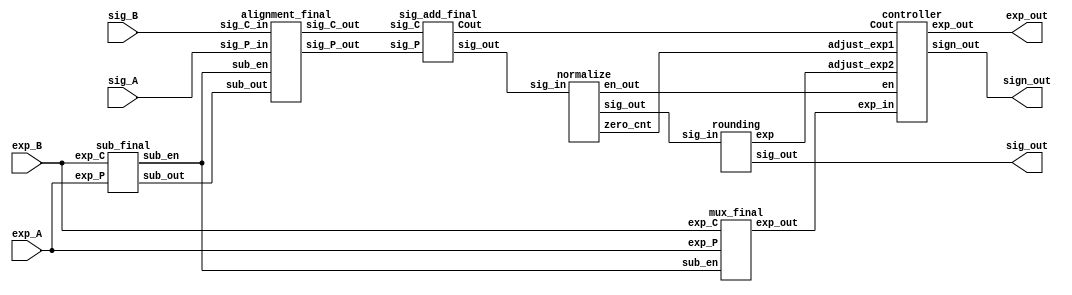
module adder_final (exp_A, exp_B, sig_A, sig_B, sign_out, exp_out, sig_out);

    //input sign_A, sign_B;
    input [7:0] exp_A, exp_B;
    input [50:0] sig_A, sig_B;
    output sign_out;
    output [7:0] exp_out;
    output [22:0] sig_out;

    wire Cout, LOD_en, round_exp;
    wire [7:0] mux_out, sub_out,exp_out;
    wire [49:0] add_out;
    wire [50:0] ali_A, ali_B;
    wire [1:0] sub_en;
    wire [26:0] norm_out;
    wire [5:0] zero_cnt;



    sub_final subf (.exp_P(exp_A), .exp_C(exp_B), .sub_out(sub_out), .sub_en(sub_en));
    mux_final muxf (.exp_P(exp_A), .exp_C(exp_B), .sub_en(sub_en), .exp_out(mux_out));
    //Two two (.sign_P(sign_A), .sign_C(sign_B), .two_en(two_en));
    //select_c_final selcf (.in_P(sig_A), .in_C(sig_B), .out_P(sel_A), .out_C(sel_B), .two_en(two_en));
    alignment_final alignf (.sig_P_in(sig_A), .sig_C_in(sig_B), .sig_P_out(ali_A), .sig_C_out(ali_B), .sub_out(sub_out), .sub_en(sub_en));
    sig_add_final sigaddf (.sig_P(ali_A), .sig_C(ali_B), .sig_out(add_out), .Cout(Cout));
    normalize normal (.sig_in(add_out), .sig_out(norm_out), .zero_cnt(zero_cnt), .en_out(LOD_en));
    rounding round (.sig_in(norm_out), .sig_out(sig_out), .exp(round_exp));

    controller ctrl (.Cout(Cout), .adjust_exp1(zero_cnt), .adjust_exp2(round_exp), .en(LOD_en), .sign_out(sign_out), .exp_out(exp_out), .exp_in(mux_out));

endmodule

module sub_final (exp_P, exp_C, sub_out, sub_en);
    
    input [7:0] exp_P, exp_C;
    output reg [7:0] sub_out;
    output reg [1:0] sub_en;

    always @(exp_P or exp_C) begin
        if(exp_P > exp_C) begin
            sub_en = 2'b00;
            sub_out = exp_P - exp_C;
        end
        else if(exp_P < exp_C) begin
            sub_en = 2'b01;
            sub_out = exp_C - exp_P;
        end
        else begin
            sub_en = 2'b10;
            sub_out = exp_P - exp_C;
        end
    end

endmodule

module mux_final (exp_P, exp_C, sub_en, exp_out);

    input [7:0] exp_P, exp_C;
    input [1:0] sub_en;
    output reg [7:0] exp_out;

    always @(sub_en or exp_P or exp_C) 
    begin
        case(sub_en)
            2'b00: exp_out = exp_P;
            2'b01: exp_out = exp_C;
            default: exp_out = exp_P;
        endcase
    end

endmodule

// module Two (sign_P, sign_C, two_en);

//     input sign_P, sign_C;
//     output reg [1:0] two_en;

//     parameter S0 = 2'b00;
//     parameter S1 = 2'b01;
//     parameter S2 = 2'b10;
//     parameter S3 = 2'b11;

//     always @(sign_P, sign_C) begin
//     case ({sign_P, sign_C})
//         2'b00 : two_en = 2'b00;
//         2'b10 : two_en = 2'b01;
//         2'b01 : two_en = 2'b10;
//         2'b11 : two_en = 2'b11;
//         default : two_en = 2'b00;
//     endcase      
// end
    
// endmodule

// module select_c_final (in_P, in_C, out_P, out_C, two_en);
    
// input [1:0] two_en;
// input [50:0] in_P, in_C;
// output reg [50:0] out_P, out_C;

// always @(two_en, in_P, in_C) begin
//     case (two_en)
//         2'b01:  begin
//             out_P = ~in_P + 1'b1;
//             out_C = in_C;
//         end
//         2'b10:  begin
//             out_P = in_P;
//             out_C = ~in_C + 1'b1;
//         end
//         2'b11:  begin
//             out_P = ~in_P + 1'b1;
//             out_C = ~in_C + 1'b1;
//         end
//         default: begin
//             out_P = in_P;
//             out_C = in_C;
//         end
//     endcase
// end

// endmodule

module alignment_final (sig_P_in, sig_C_in, sig_P_out, sig_C_out, sub_out, sub_en);

    input signed [50:0] sig_P_in, sig_C_in;
    input [7:0] sub_out;
    input [1:0] sub_en; 
    output [50:0] sig_P_out, sig_C_out;

    //wire [49:0] sig_P_out_tmp, sig_C_out_tmp;

    assign sig_P_out = (sub_en == 2'b00)? sig_P_in : (sub_en == 2'b01)? sig_P_in >>> sub_out : sig_P_in;
    assign sig_C_out = (sub_en == 2'b00)? sig_C_in >>> sub_out : (sub_en == 2'b01)? sig_C_in : sig_C_in;

    //assign sig_P_out_tmp = (two_en[1] == 0)? ~sig_P_out + 1'b1 : sig_P_out;
    //assign sig_C_out_tmp = (two_en[0] == 0)? ~sig_C_out + 1'b1 : sig_C_out;

    //assign select = (sig_P_out_tmp[49-:4] + sig_C_out_tmp[49-:4] > 4'b0111)? 1 : 0;     //j750bitAp49bit

endmodule

module sig_add_final (sig_P, sig_C, sig_out, Cout);
    
    //input select;
    input [50:0] sig_P, sig_C;
    output [49:0] sig_out;
    output Cout;

    wire [50:0] sig;


    assign sig = sig_P + sig_C;
    assign Cout = sig[50];
    assign sig_out = (sig[50] == 1)? ~sig[50:1] + 1'b1 : sig[50:1];


    // always @(sig_P, sig_C, select) begin
    //     sig = sig_P + sig_C;
    //     case(select)
    //         1'b0 : begin
    //             Cout = sig[49];
    //             if(sig[49]) sig_out = ~sig + 1'b1;
    //             else sig_out = sig;
    //         end
    //         1'b1 : begin
    //             Cout = sig[50];
    //             if(sig[50]) sig_out = ~sig[50:1] + 1'b1;
    //             else sig_out = sig[50:1];
    //         end
    //     endcase

    // end

endmodule

module normalize (sig_in, sig_out, zero_cnt, en_out);
    
    input [49:0] sig_in;
    output [26:0] sig_out;
    output [5:0] zero_cnt;
    output en_out;

    wire [49:0] tmp;
    wire s_bit, en;

    assign en_out = en;

    LOD lod (.sig_in(sig_in), .zero_cnt(zero_cnt), .en(en));

    assign tmp =  (en)? sig_in >> zero_cnt : sig_in << zero_cnt;
    assign s_bit = |tmp[19:0];
    assign sig_out = {tmp[46:21], s_bit};


endmodule

module LOD (sig_in, zero_cnt, en);

    input [49:0] sig_in;
    output reg en;
    output reg [5:0] zero_cnt;

    always @(sig_in) begin
        casex(sig_in)
            default : begin
                en = 1'b0;
                zero_cnt = 6'd0;
            end
            50'b1x_xxxx_xxxx_xxxx_xxxx_xxxx_xxxx_xxxx_xxxx_xxxx_xxxx_xxxx_xxxx :begin
                en = 1'b1;
                zero_cnt = 6'd4;
            end 
            50'b01_xxxx_xxxx_xxxx_xxxx_xxxx_xxxx_xxxx_xxxx_xxxx_xxxx_xxxx_xxxx : begin
                en = 1'b1;
                zero_cnt = 6'd3;
            end

            50'b00_1xxx_xxxx_xxxx_xxxx_xxxx_xxxx_xxxx_xxxx_xxxx_xxxx_xxxx_xxxx : begin
                en = 1'b1;
                zero_cnt = 6'd2;
            end
            50'b00_01xx_xxxx_xxxx_xxxx_xxxx_xxxx_xxxx_xxxx_xxxx_xxxx_xxxx_xxxx : begin
                en = 1'b1;
                zero_cnt = 6'd1;
            end
            50'b00_001x_xxxx_xxxx_xxxx_xxxx_xxxx_xxxx_xxxx_xxxx_xxxx_xxxx_xxxx : begin
                en = 1'b0;
                zero_cnt = 6'd0;
            end
            50'b00_0001_xxxx_xxxx_xxxx_xxxx_xxxx_xxxx_xxxx_xxxx_xxxx_xxxx_xxxx : begin
                en = 1'b0;
                zero_cnt = 6'd1;
            end
            50'b00_0000_1xxx_xxxx_xxxx_xxxx_xxxx_xxxx_xxxx_xxxx_xxxx_xxxx_xxxx : begin
                en = 1'b0;
                zero_cnt = 6'd2;
            end
            50'b00_0000_01xx_xxxx_xxxx_xxxx_xxxx_xxxx_xxxx_xxxx_xxxx_xxxx_xxxx : begin
                en = 1'b0;
                zero_cnt = 6'd3;
            end
            50'b00_0000_001x_xxxx_xxxx_xxxx_xxxx_xxxx_xxxx_xxxx_xxxx_xxxx_xxxx : begin
                en = 1'b0;
                zero_cnt = 6'd4;
            end
            50'b00_0000_0001_xxxx_xxxx_xxxx_xxxx_xxxx_xxxx_xxxx_xxxx_xxxx_xxxx : begin
                en = 1'b0;
                zero_cnt = 6'd5;
            end
            50'b00_0000_0000_1xxx_xxxx_xxxx_xxxx_xxxx_xxxx_xxxx_xxxx_xxxx_xxxx : begin
                en = 1'b0;
                zero_cnt = 6'd6;
            end
            50'b00_0000_0000_01xx_xxxx_xxxx_xxxx_xxxx_xxxx_xxxx_xxxx_xxxx_xxxx : begin
                en = 1'b0;
                zero_cnt = 6'd7;
            end
            50'b00_0000_0000_001x_xxxx_xxxx_xxxx_xxxx_xxxx_xxxx_xxxx_xxxx_xxxx : begin
                en = 1'b0;
                zero_cnt = 6'd8;
            end
            50'b00_0000_0000_0001_xxxx_xxxx_xxxx_xxxx_xxxx_xxxx_xxxx_xxxx_xxxx : begin
                en = 1'b0;
                zero_cnt = 6'd9;
            end
            50'b00_0000_0000_0000_1xxx_xxxx_xxxx_xxxx_xxxx_xxxx_xxxx_xxxx_xxxx : begin
                en = 1'b0;
                zero_cnt = 6'd10;
            end
            50'b00_0000_0000_0000_01xx_xxxx_xxxx_xxxx_xxxx_xxxx_xxxx_xxxx_xxxx : begin
                en = 1'b0;
                zero_cnt = 6'd11;
            end
            50'b00_0000_0000_0000_001x_xxxx_xxxx_xxxx_xxxx_xxxx_xxxx_xxxx_xxxx : begin
                en = 1'b0;
                zero_cnt = 6'd12;
            end
            50'b00_0000_0000_0000_0001_xxxx_xxxx_xxxx_xxxx_xxxx_xxxx_xxxx_xxxx : begin
                en = 1'b0;
                zero_cnt = 6'd13;
            end
            50'b00_0000_0000_0000_0000_1xxx_xxxx_xxxx_xxxx_xxxx_xxxx_xxxx_xxxx : begin
                en = 1'b0;
                zero_cnt = 6'd14;
            end
            50'b00_0000_0000_0000_0000_01xx_xxxx_xxxx_xxxx_xxxx_xxxx_xxxx_xxxx : begin
                en = 1'b0;
                zero_cnt = 6'd15;
            end
            50'b00_0000_0000_0000_0000_001x_xxxx_xxxx_xxxx_xxxx_xxxx_xxxx_xxxx : begin
                en = 1'b0;
                zero_cnt = 6'd16;
            end
            50'b00_0000_0000_0000_0000_0001_xxxx_xxxx_xxxx_xxxx_xxxx_xxxx_xxxx : begin
                en = 1'b0;
                zero_cnt = 6'd17;
            end
            50'b00_0000_0000_0000_0000_0000_1xxx_xxxx_xxxx_xxxx_xxxx_xxxx_xxxx : begin
                en = 1'b0;
                zero_cnt = 6'd18;
            end
            50'b00_0000_0000_0000_0000_0000_01xx_xxxx_xxxx_xxxx_xxxx_xxxx_xxxx : begin
                en = 1'b0;
                zero_cnt = 6'd19;
            end
            50'b00_0000_0000_0000_0000_0000_001x_xxxx_xxxx_xxxx_xxxx_xxxx_xxxx : begin
                en = 1'b0;
                zero_cnt = 6'd20;
            end
            50'b00_0000_0000_0000_0000_0000_0001_xxxx_xxxx_xxxx_xxxx_xxxx_xxxx : begin
                en = 1'b0;
                zero_cnt = 6'd21;
            end
            50'b00_0000_0000_0000_0000_0000_0000_1xxx_xxxx_xxxx_xxxx_xxxx_xxxx : begin
                en = 1'b0;
                zero_cnt = 6'd22;
            end
            50'b00_0000_0000_0000_0000_0000_0000_01xx_xxxx_xxxx_xxxx_xxxx_xxxx : begin
                en = 1'b0;
                zero_cnt = 6'd23;
            end
            50'b00_0000_0000_0000_0000_0000_0000_001x_xxxx_xxxx_xxxx_xxxx_xxxx : begin
                en = 1'b0;
                zero_cnt = 6'd24;
            end
            50'b00_0000_0000_0000_0000_0000_0000_0001_xxxx_xxxx_xxxx_xxxx_xxxx : begin
                en = 1'b0;
                zero_cnt = 6'd25;
            end
            50'b00_0000_0000_0000_0000_0000_0000_0000_1xxx_xxxx_xxxx_xxxx_xxxx : begin
                en = 1'b0;
                zero_cnt = 6'd26;
            end
            50'b00_0000_0000_0000_0000_0000_0000_0000_01xx_xxxx_xxxx_xxxx_xxxx : begin
                en = 1'b0;
                zero_cnt = 6'd27;
            end
            50'b00_0000_0000_0000_0000_0000_0000_0000_001x_xxxx_xxxx_xxxx_xxxx : begin
                en = 1'b0;
                zero_cnt = 6'd28;
            end
            50'b00_0000_0000_0000_0000_0000_0000_0000_0001_xxxx_xxxx_xxxx_xxxx : begin
                en = 1'b0;
                zero_cnt = 6'd29;
            end
            50'b00_0000_0000_0000_0000_0000_0000_0000_0000_1xxx_xxxx_xxxx_xxxx : begin
                en = 1'b0;
                zero_cnt = 6'd30;
            end
            50'b00_0000_0000_0000_0000_0000_0000_0000_0000_01xx_xxxx_xxxx_xxxx : begin
                en = 1'b0;
                zero_cnt = 6'd31;
            end
            50'b00_0000_0000_0000_0000_0000_0000_0000_0000_001x_xxxx_xxxx_xxxx : begin
                en = 1'b0;
                zero_cnt = 6'd32;
            end
            50'b00_0000_0000_0000_0000_0000_0000_0000_0000_0001_xxxx_xxxx_xxxx : begin
                en = 1'b0;
                zero_cnt = 6'd33;
            end
            50'b00_0000_0000_0000_0000_0000_0000_0000_0000_0000_1xxx_xxxx_xxxx : begin
                en = 1'b0;
                zero_cnt = 6'd34;
            end
            50'b00_0000_0000_0000_0000_0000_0000_0000_0000_0000_01xx_xxxx_xxxx : begin
                en = 1'b0;
                zero_cnt = 6'd35;
            end
            50'b00_0000_0000_0000_0000_0000_0000_0000_0000_0000_001x_xxxx_xxxx : begin
                en = 1'b0;
                zero_cnt = 6'd36;
            end
            50'b00_0000_0000_0000_0000_0000_0000_0000_0000_0000_0001_xxxx_xxxx : begin
                en = 1'b0;
                zero_cnt = 6'd37;
            end
            50'b00_0000_0000_0000_0000_0000_0000_0000_0000_0000_0000_1xxx_xxxx : begin
                en = 1'b0;
                zero_cnt = 6'd38;
            end
            50'b00_0000_0000_0000_0000_0000_0000_0000_0000_0000_0000_01xx_xxxx : begin
                en = 1'b0;
                zero_cnt = 6'd39;
            end
            50'b00_0000_0000_0000_0000_0000_0000_0000_0000_0000_0000_001x_xxxx : begin
                en = 1'b0;
                zero_cnt = 6'd40;
            end
            50'b00_0000_0000_0000_0000_0000_0000_0000_0000_0000_0000_0001_xxxx : begin
                en = 1'b0;
                zero_cnt = 6'd41;
            end
            50'b00_0000_0000_0000_0000_0000_0000_0000_0000_0000_0000_0000_1xxx : begin
                en = 1'b0;
                zero_cnt = 6'd42;
            end
            50'b00_0000_0000_0000_0000_0000_0000_0000_0000_0000_0000_0000_01xx : begin
                en = 1'b0;
                zero_cnt = 6'd43;
            end
            50'b00_0000_0000_0000_0000_0000_0000_0000_0000_0000_0000_0000_001x : begin
                en = 1'b0;
                zero_cnt = 6'd44;
            end
            50'b00_0000_0000_0000_0000_0000_0000_0000_0000_0000_0000_0000_0001 : begin
                en = 1'b0;
                zero_cnt = 6'd45;
            end
        endcase
    end  
endmodule

module rounding (sig_in, sig_out, exp);

    input [26:0] sig_in;
    output [22:0] sig_out;
    output exp;

    wire [24:0] tst;
    wire even;

    assign even = sig_in[3];
    assign tst = (sig_in[2:0] > 3'b100)? {1'b0, sig_in[26:3]} + 1'b1 : (sig_in[2:0] < 3'b100)? {1'b0, sig_in[26:3]} : (sig_in[2:0] == 3'b100 && even == 1'b1)? {1'b0, sig_in[26:3]} + 1'b1 : {1'b0, sig_in[26:3]};
    assign sig_out = (tst[24])? tst[23:1] : tst[22:0];
    assign exp = (tst[24])? 1 : 0;

endmodule

module controller (Cout, adjust_exp1, adjust_exp2, en, exp_in, sign_out, exp_out);
    
//input clk;
input Cout, adjust_exp2, en;
input [5:0] adjust_exp1;
input [7:0] exp_in;
output sign_out;
output [7:0] exp_out;

assign sign_out = (Cout)? 1 : 0;
assign exp_out = (en)?  exp_in + adjust_exp2 + adjust_exp1 :  exp_in + adjust_exp2 - adjust_exp1;

endmodule